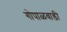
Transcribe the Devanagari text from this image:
गोपाळवाडी